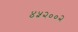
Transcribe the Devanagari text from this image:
४५२००२